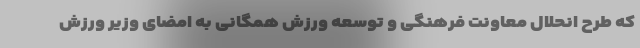
که طرح انحلال معاونت فرهنگی و توسعه ورزش همگانی به امضای وزیر ورزش